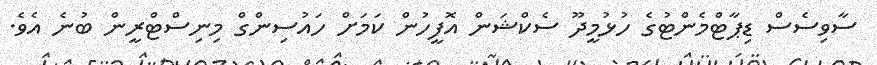
ސާވިސެސް ޑިޕާޓްމެންޓުގެ ހުޅުމީދޫ ސެކްޝަން އޮފީހުން ކަމަށް ހައުސިންގް މިނިސްޓްރީން ބުނެ އެވެ.